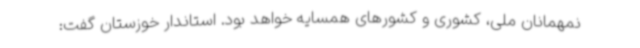
نمهمانان ملی، کشوری و کشورهای همسایه خواهد بود. استاندار خوزستان گفت: